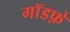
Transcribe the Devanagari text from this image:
गॉडफ़े